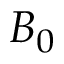
B _ { 0 }